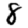
Digit: 8